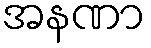
အနဏာ